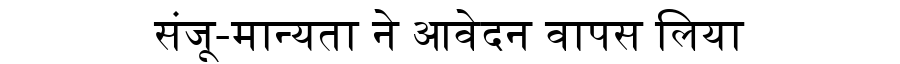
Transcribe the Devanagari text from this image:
संजू-मान्यता ने आवेदन वापस लिया